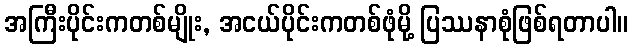
အကြီးပိုင်းကတစ်မျိုး, အငယ်ပိုင်းကတစ်ဖုံမို့ ပြဿနာစုံဖြစ်ရတာပါ။